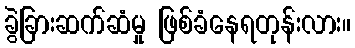
ခွဲခြားဆက်ဆံမှု ဖြစ်ခံနေရတုန်းလား။